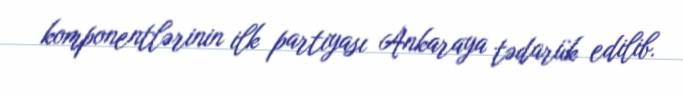
komponentlərinin ilk partiyası Ankaraya tədarük edilib.